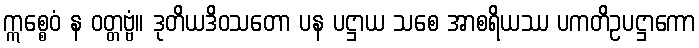
ဣစ္စေဝံ န ဝတ္တဗ္ဗံ။ ဒုတိယဒိဝသတော ပန ပဋ္ဌာယ သစေ အာစရိယဿ ပကတိဥပဋ္ဌာကော